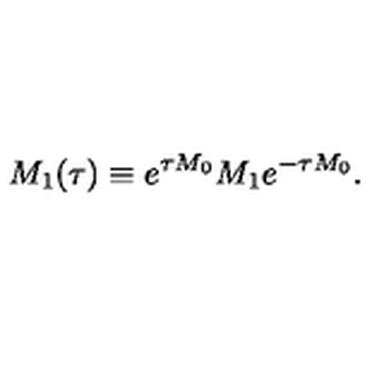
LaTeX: M _ { 1 } ( \tau ) \equiv e ^ { \tau M _ { 0 } } M _ { 1 } e ^ { - \tau M _ { 0 } } .